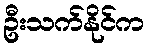
ဦးသက်နိုင်က